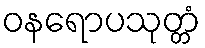
ဝနရောပသုတ္တံ